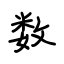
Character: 数